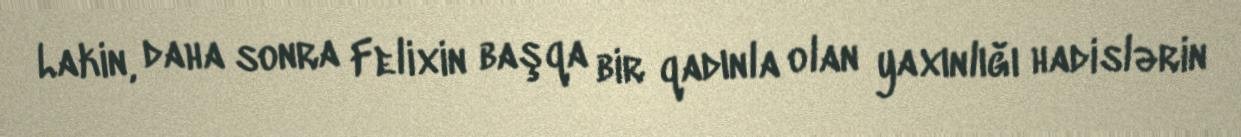
Lakin, daha sonra Felixin başqa bir qadınla olan yaxınlığı hadislərin